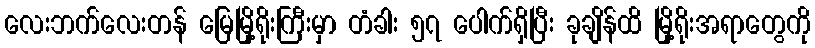
လေးဘက်လေးတန် မြေမြို့ရိုးကြီးမှာ တံခါး ၅၇ ပေါက်ရှိပြီး ခုချိန်ထိ မြို့ရိုးအရာတွေကို